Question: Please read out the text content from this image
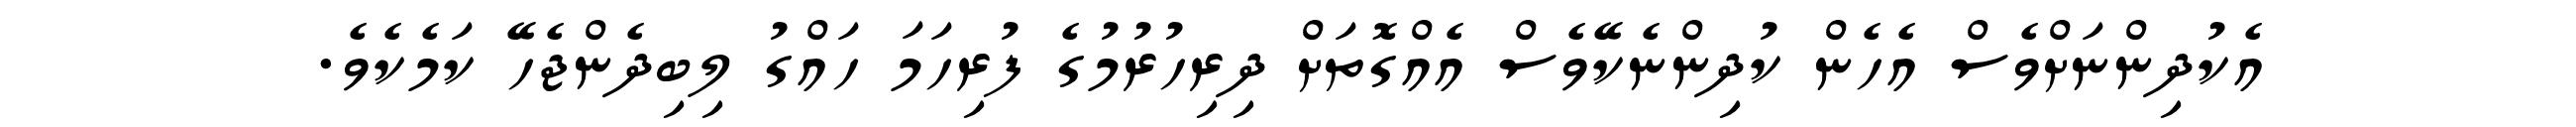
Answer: އެކުދިންނަށްވެސް އެހެން ކުދިންނެކޭވެސް އެއްގޮތަށް ދިރިހުރުމުގެ ފުރިހަމަ ހައްގު ލިބިދެންޖެހޭ ކަމެކެވެ.